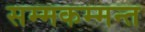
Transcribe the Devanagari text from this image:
सम्मकम्मन्त